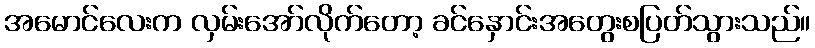
အမောင်လေးက လှမ်းအော်လိုက်တော့ ခင်နှောင်းအတွေးစပြတ်သွားသည်။